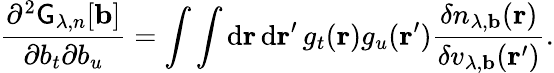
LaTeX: \frac{\partial^{2}\mathsf{G}_{\lambda,n}[\mathbf{b}]}{\partial b_{t}\partial b_{u}}=\int\int\mathrm{d}\mathbf{r}\, \mathrm{d}\mathbf{r}^{\prime}\, g_{t}(\mathbf{r})g_{u}(\mathbf{r}^{\prime})\frac{\delta n_{\lambda,\mathbf{b}}(\mathbf{r})}{\delta v_{\lambda,\mathbf{b}}(\mathbf{r}^{\prime})}.